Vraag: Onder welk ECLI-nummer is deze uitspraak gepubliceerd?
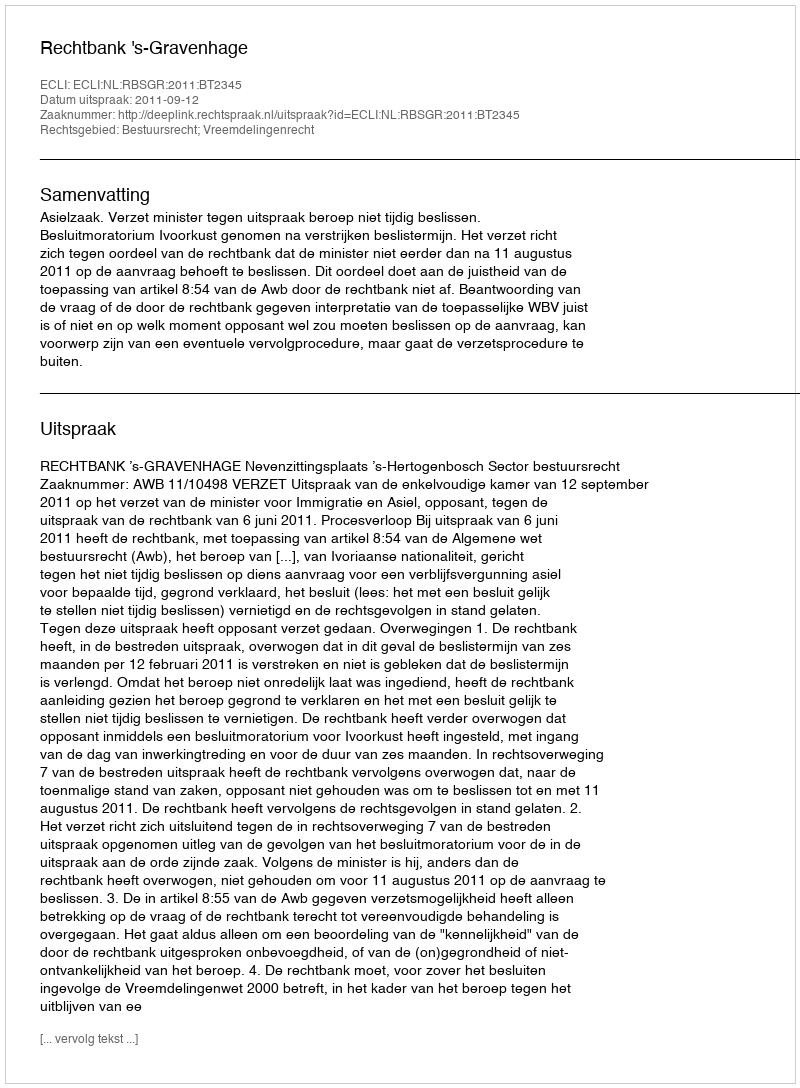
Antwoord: ECLI:NL:RBSGR:2011:BT2345